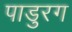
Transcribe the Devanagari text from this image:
पाडुरग